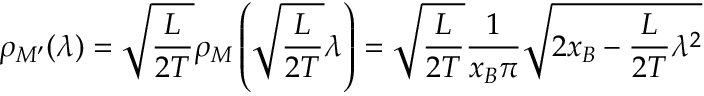
\rho _ { M ^ { \prime } } ( \lambda ) = \sqrt { \frac { L } { 2 T } } \rho _ { M } \left( \sqrt { \frac { L } { 2 T } } \lambda \right) = \sqrt { \frac { L } { 2 T } } \frac { 1 } { x _ { B } \pi } \sqrt { 2 x _ { B } - \frac { L } { 2 T } \lambda ^ { 2 } }